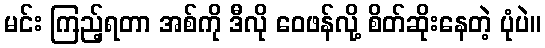
မင်း ကြည့်ရတာ အစ်ကို ဒီလို ဝေဖန်လို့ စိတ်ဆိုးနေတဲ့ ပုံပဲ။